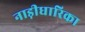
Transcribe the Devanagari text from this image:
नाड़ीधारिका